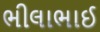
ભીલાભાઈ